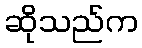
ဆိုသည်က